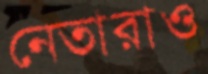
নেতারাও